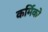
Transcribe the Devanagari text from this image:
कर्मिको